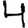
Digit: 4